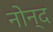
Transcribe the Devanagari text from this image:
नोन्द